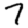
Digit: 7